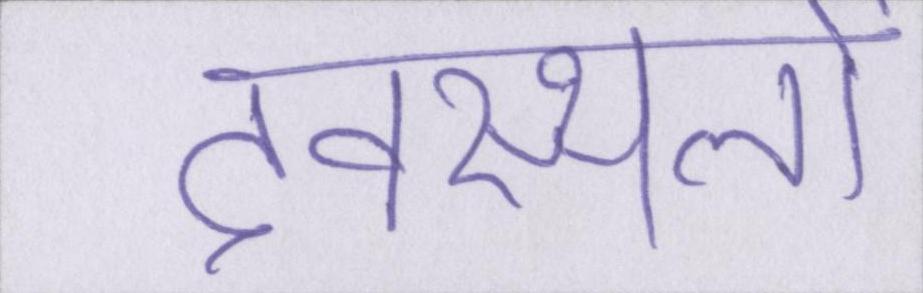
देवस्थलों